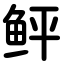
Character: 鲆